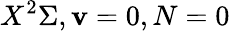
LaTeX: X^{2}\Sigma,\mathbf{v}=0,N=0